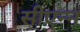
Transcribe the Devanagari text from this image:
सीएन्न